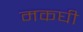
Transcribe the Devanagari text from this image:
मकघी